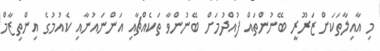
މި އާއިލާތަކަށް ޒަރޫރީ ބޭނުންތައް ފުއްދުމަށް ބޭނުންވާ ތަކެއްޗާއި އަންނައުނާއި ކެއުމުގެ އިންތިޒާމް